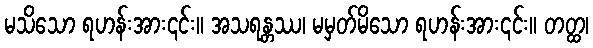
မသိသော ရဟန်းအား၎င်း။ အသရန္တဿ၊ မမှတ်မိသော ရဟန်းအား၎င်း။ တတ္ထ၊